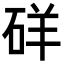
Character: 𥒞